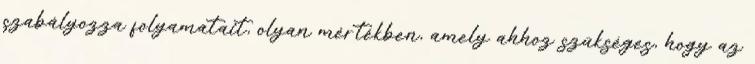
szabályozza folyamatait, olyan mértékben, amely ahhoz szükséges, hogy az